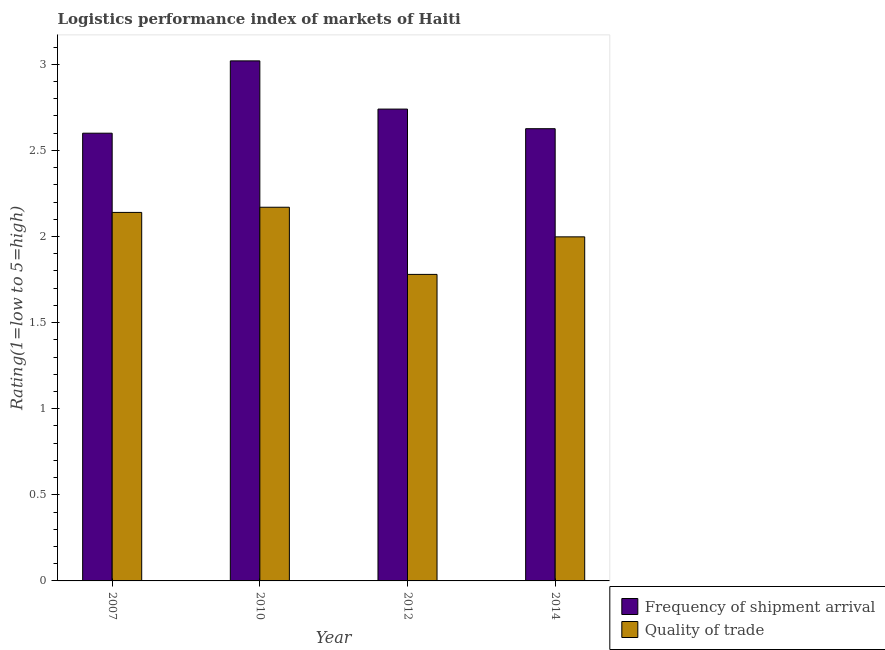
| Year | Frequency of shipment arrival | Quality of trade |
 | --- | --- | --- |
 | 2007 | 2.6 | 2.14 |
 | 2010 | 3.02 | 2.17 |
 | 2012 | 2.74 | 1.78 |
 | 2014 | 2.63 | 2 |